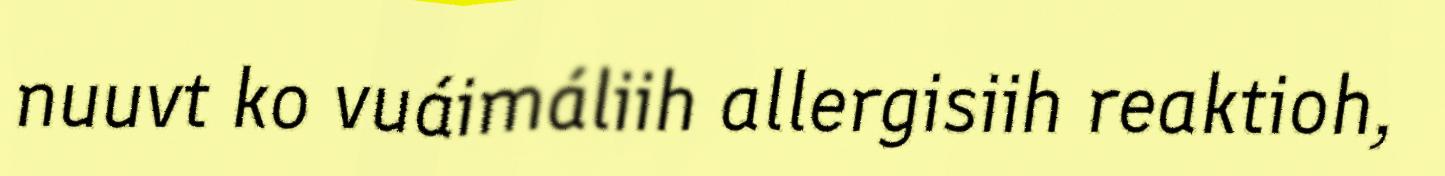
nuuvt ko vuáimáliih allergisiih reaktioh,